Indian journal of veterinary science and animal husbandry - Volume 2,
Year: 1932
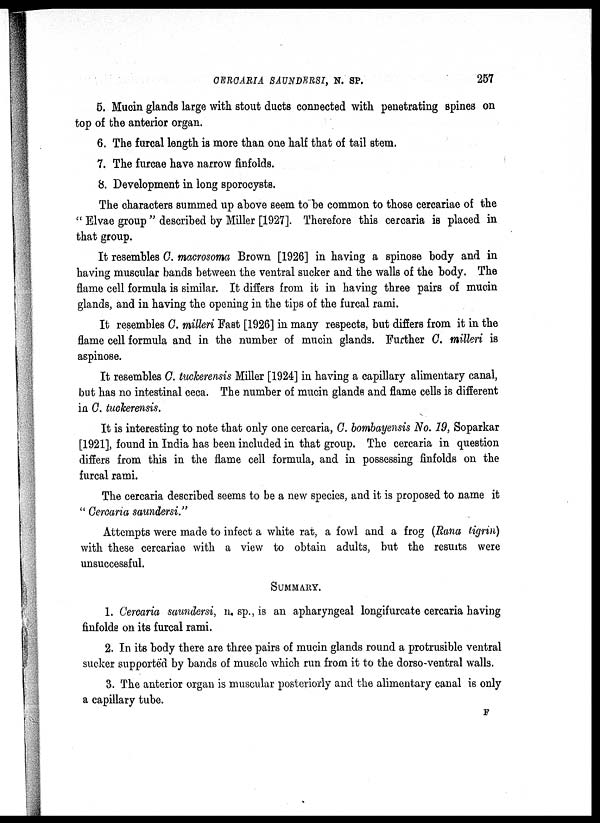
CERCARIA SAUNDERSI, N. SP.
257
5. Mucin glands large with stout ducts connected with penetrating spines on
top of the anterior organ.
6. The furcal length is more than one half that of tail stem.
7. The furcae have narrow finfolds.
8. Development in long sporocysts.
The characters summed up above seem to be common to those cercariae of the
" Elvae group" described by Miller [1927]. Therefore this cercaria is placed in
that group.
It resembles C. macrosoma Brown [1926] in having a spinose body and in
having muscular bands between the ventral sucker and the walls of the body. The
flame cell formula is similar. It differs from it in having three pairs of mucin
glands, and in having the opening in the tips of the furcal rami.
It resembles C. milleri Fast [1926] in many respects, but differs from it in the
flame cell formula and in the number of mucin glands. Further C. milleri is
aspinose.
It resembles C. tuckerensis Miller [1924] in having a capillary alimentary canal,
but has no intestinal ceca. The number of mucin glands and flame cells is different
in C. tuckerensis.
It is interesting to note that only one cercaria, C. bombayensis No. 19, Soparkar
[1921], found in India has been included in that group. The cercaria in question
differs from this in the flame cell formula, and in possessing finfolds on the
furcal rami.
The cercaria described seems to be a new species, and it is proposed to name it
" Cercaria saundersi."
Attempts were made to infect a white rat, a fowl and a frog (Rana tigrin)
with these cercariae with a view to obtain adults, but the results were
unsuccessful.
SUMMARY.
1. Cercaria saundersi, n. sp., is an apharyngeal longifurcate cercaria having
finfolds on its furcal rami.
2. In its body there are three pairs of mucin glands round a protrusible ventral
sucker supported by bands of muscle which run from it to the dorso-ventral walls.
3. The anterior organ is muscular posteriorly and the alimentary canal is only
a capillary tube.
F